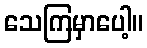
သေကြမှာပေါ့။